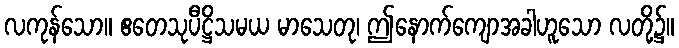
လကုန်သော။ ဧတေသုပီဋ္ဌိသမယ မာသေတု၊ ဤနောက်ကျောအခါဟူသော လတို့၌။